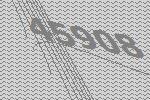
45908